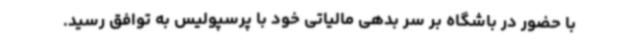
با حضور در باشگاه بر سر بدهی مالیاتی خود با پرسپولیس به توافق رسید.